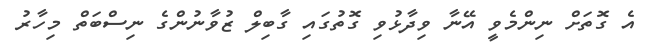
އެ ގޮތަށް ނިންމެވީ އޭނާ ވިދާޅުވި ގޮތުގައި ގާބިލް ޒުވާނުންގެ ނިސްބަތް މިހާރު